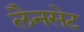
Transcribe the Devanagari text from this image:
लैनसेट